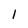
Character: 1